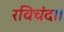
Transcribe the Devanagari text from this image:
रविचंद।।